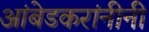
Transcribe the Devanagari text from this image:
आंबेडकरांनीनी